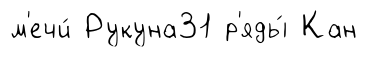
м'ечи́ Рукуна31 р'яды́ Кан